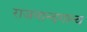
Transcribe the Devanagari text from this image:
राजनान्दगान्व